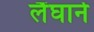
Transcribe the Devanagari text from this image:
लैंघार्न